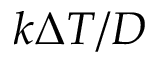
k \Delta T / D